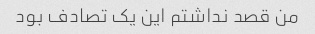
من قصد نداشتم این یک تصادف بود